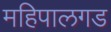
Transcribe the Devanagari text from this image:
महिपालगड